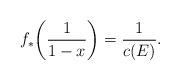
LaTeX: \begin{align*}f_*\bigg(\frac{1}{1-x}\bigg) = \frac{1}{c(E)}.\end{align*}